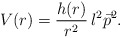
\begin{align*}V(r) = \frac{h(r)}{r^2}\, l^2 \vec{p}^2 .\end{align*}